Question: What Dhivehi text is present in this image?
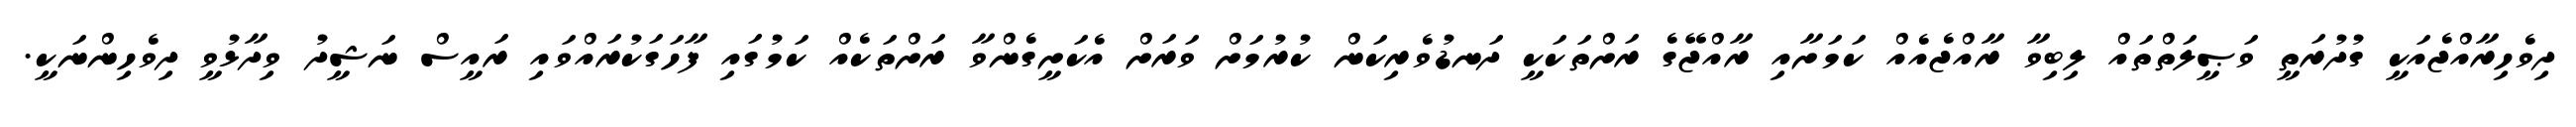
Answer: ދިވެހިރާއްޖެއަކީ ގުދުރަތީ ވަޞީލަތްތައް ލިބިވާ ރާއްޖެއެއް ކަމަށާއި ރާއްޖޭގެ ރަށްތަކަކީ ދަނޑުވެރިކަން ކުރުމަށް ވަރަށް އެކަށީގެންވާ ރަށްތަކެއް ކަމުގައި ފާހަގަކުރައްވައި ރައީސް ނަޝީދު ވިދާޅުވީ ދިވެހިންނަކީ.